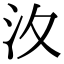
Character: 汷